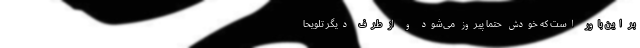
بر این باور است که خودش حتماً پیروز می‌شود و از طرف دیگر تلویحاً